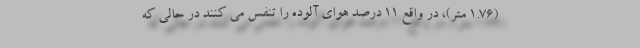
(1.76 متر)، در واقع 11 درصد هوای آلوده را تنفس می کنند در حالی که